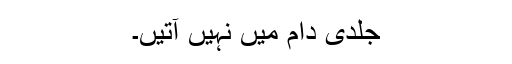
جلدی دام میں نہیں آتیں۔